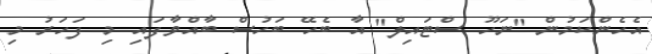
އެހެންކަމުން "ނަހޫ ސްޓައިލް" އާ ބެހޭ ބަހުސް ބާއްވާފައި މި ފަހަރު މި